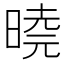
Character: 𭦩